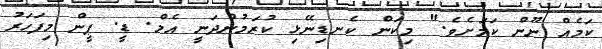
ކަމެއް ނޫން ކަމަށެވެ." މިކަން ކެނޑިނޭޅި ކުރަމުންދަނީ އެމް. ޑީ. ޕީން މިފަހަރު